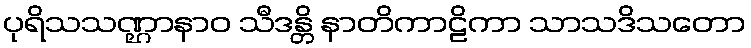
ပုရိသသဏ္ဌာနာဝ သီဒန္တိ နာတိကာဠိကာ သာသဒိသတော